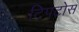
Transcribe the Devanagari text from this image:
टिपटोस